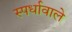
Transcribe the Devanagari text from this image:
स्पर्धावाले